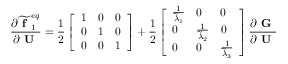
\frac { \partial \widetilde { \textbf { f } } _ { 1 } ^ { e q } } { \partial \textbf { U } } = \frac { 1 } { 2 } \left[ \begin{array} { l l l } { 1 } & { 0 } & { 0 } \\ { 0 } & { 1 } & { 0 } \\ { 0 } & { 0 } & { 1 } \end{array} \right] + \frac { 1 } { 2 } \left[ \begin{array} { l l l } { \frac { 1 } { \widetilde { \lambda } _ { 1 } } } & { 0 } & { 0 } \\ { 0 } & { \frac { 1 } { \widetilde { \lambda } _ { 2 } } } & { 0 } \\ { 0 } & { 0 } & { \frac { 1 } { \widetilde { \lambda } _ { 3 } } } \end{array} \right] \frac { \partial \textbf { G } } { \partial \textbf { U } }